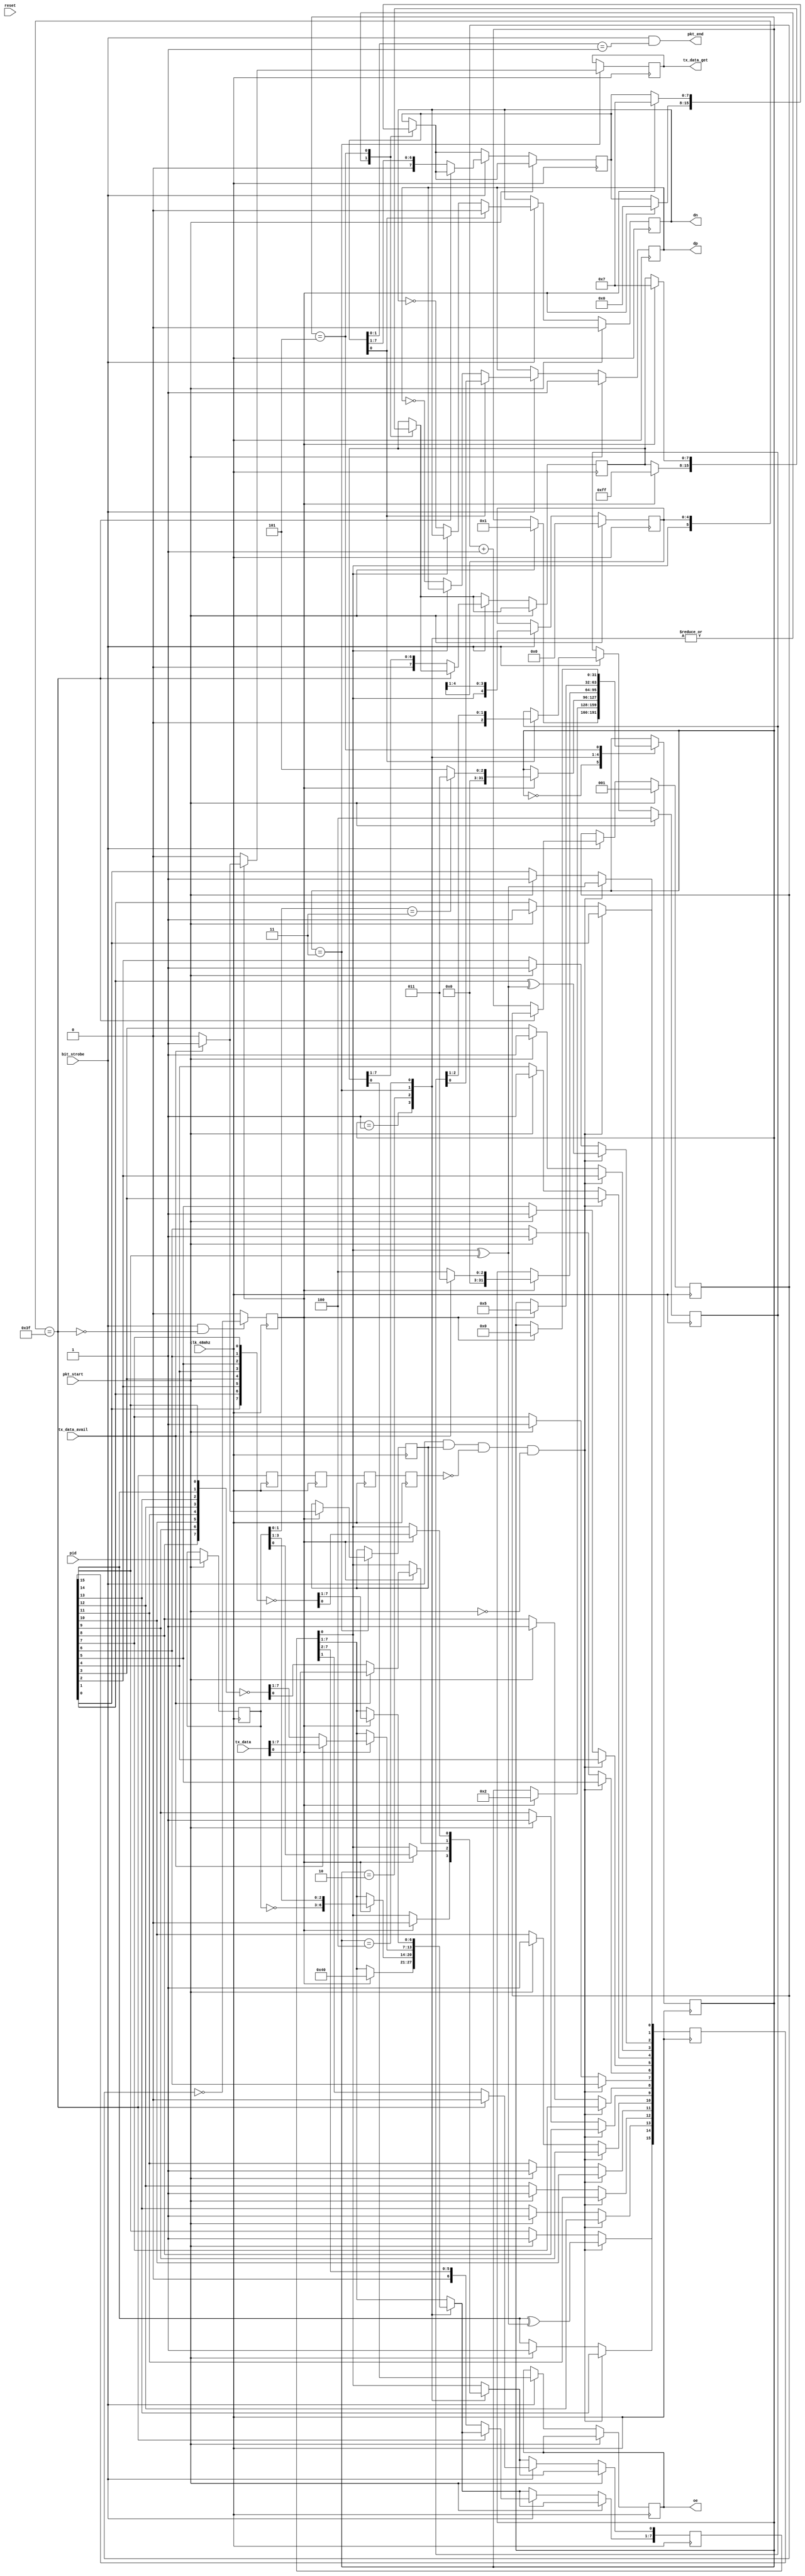
// TinyFPGA USB Code
// From https://github.com/lawrie/tiny_usb_examples/tree/master/usb

module usb_fs_tx (
  // A 48MHz clock is required to receive USB data at 12MHz
  // it's simpler to juse use 48MHz everywhere
  input clk_48mhz,
  input reset,

  // bit strobe from rx to align with senders clock
  input bit_strobe,

  // output enable to take ownership of bus and data out
  output reg oe = 0,
  output reg dp = 0,
  output reg dn = 0,

  // pulse to initiate new packet transmission
  input pkt_start,
  output pkt_end,

  // pid to send
  input [3:0] pid,

  // tx logic pulls data until there is nothing available
  input tx_data_avail,  
  output reg tx_data_get = 0,
  input [7:0] tx_data
);
  wire clk = clk_48mhz;

  // save packet parameters at pkt_start
  reg [3:0] pidq = 0;

  always @(posedge clk) begin
    if (pkt_start) begin
      pidq <= pid;
    end
  end

  reg [7:0] data_shift_reg = 0;
  reg [7:0] oe_shift_reg = 0;
  reg [7:0] se0_shift_reg = 0;


  wire serial_tx_data = data_shift_reg[0];
  wire serial_tx_oe = oe_shift_reg[0];
  wire serial_tx_se0 = se0_shift_reg[0];


  // serialize sync, pid, data payload, and crc16
  reg byte_strobe = 0;
  reg [2:0] bit_count = 0;

  reg [4:0] bit_history_q = 0;
  wire [5:0] bit_history = {serial_tx_data, bit_history_q};
  wire bitstuff = bit_history == 6'b111111;
  reg bitstuff_q = 0;
  reg bitstuff_qq = 0;
  reg bitstuff_qqq = 0;
  reg bitstuff_qqqq = 0;


  always @(posedge clk) begin
    bitstuff_q <= bitstuff;
    bitstuff_qq <= bitstuff_q;
    bitstuff_qqq <= bitstuff_qq;
    bitstuff_qqqq <= bitstuff_qqq;
  end

  assign pkt_end = bit_strobe && se0_shift_reg[1:0] == 2'b01;

  reg data_payload = 0;

  reg [31:0] pkt_state = 0;
  localparam IDLE = 0;
  localparam SYNC = 1;
  localparam PID = 2;
  localparam DATA_OR_CRC16_0 = 3;
  localparam CRC16_1 = 4;
  localparam EOP = 5;

  reg [15:0] crc16 = 0;

  always @(posedge clk) begin
    case (pkt_state)
      IDLE : begin
        if (pkt_start) begin
          pkt_state <= SYNC;
        end
      end

      SYNC : begin
        if (byte_strobe) begin
          pkt_state <= PID;
          data_shift_reg <= 8'b10000000;
          oe_shift_reg <= 8'b11111111;
          se0_shift_reg <= 8'b00000000;
        end
      end

      PID : begin
        if (byte_strobe) begin
          if (pidq[1:0] == 2'b11) begin
            pkt_state <= DATA_OR_CRC16_0;
          end else begin
            pkt_state <= EOP;
          end

          data_shift_reg <= {~pidq, pidq};
          oe_shift_reg <= 8'b11111111;
          se0_shift_reg <= 8'b00000000;
        end
      end

      DATA_OR_CRC16_0 : begin
        if (byte_strobe) begin
          if (tx_data_avail) begin
            pkt_state <= DATA_OR_CRC16_0;
            data_payload <= 1;
            tx_data_get <= 1;
            data_shift_reg <= tx_data;
            oe_shift_reg <= 8'b11111111;
            se0_shift_reg <= 8'b00000000;
          end else begin
            pkt_state <= CRC16_1;
            data_payload <= 0;
            tx_data_get <= 0;
            data_shift_reg <= ~{crc16[8], crc16[9], crc16[10], crc16[11], crc16[12], crc16[13], crc16[14], crc16[15]};
            oe_shift_reg <= 8'b11111111;
            se0_shift_reg <= 8'b00000000;
          end
        end else begin
          tx_data_get <= 0; 
        end
      end

      CRC16_1 : begin
        if (byte_strobe) begin
          pkt_state <= EOP;
          data_shift_reg <= ~{crc16[0], crc16[1], crc16[2], crc16[3], crc16[4], crc16[5], crc16[6], crc16[7]};
          oe_shift_reg <= 8'b11111111;
          se0_shift_reg <= 8'b00000000;
        end
      end

      EOP : begin
        if (byte_strobe) begin
          pkt_state <= IDLE;
          oe_shift_reg <= 8'b00000111;
          se0_shift_reg <= 8'b00000111;
        end
      end
    endcase

    if (bit_strobe && !bitstuff) begin
      byte_strobe <= (bit_count == 3'b000);
    end else begin
      byte_strobe <= 0;
    end

    if (pkt_start) begin
      bit_count <= 1;
      bit_history_q <= 0;

    end else if (bit_strobe) begin
      // bitstuff
      if (bitstuff /* && !serial_tx_se0*/) begin
        bit_history_q <= bit_history[5:1];
        data_shift_reg[0] <= 0;

      // normal deserialize
      end else begin
        bit_count <= bit_count + 1;

        data_shift_reg <= (data_shift_reg >> 1);
        oe_shift_reg <= (oe_shift_reg >> 1);
        se0_shift_reg <= (se0_shift_reg >> 1);

        bit_history_q <= bit_history[5:1];
      end
    end
  end



  // calculate crc16
  wire crc16_invert = serial_tx_data ^ crc16[15];  

  always @(posedge clk) begin
    if (pkt_start) begin
      crc16 <= 16'b1111111111111111;
    end

    if (bit_strobe && data_payload && !bitstuff_qqqq && !pkt_start) begin
      crc16[15] <= crc16[14] ^ crc16_invert;
      crc16[14] <= crc16[13];
      crc16[13] <= crc16[12];
      crc16[12] <= crc16[11];
      crc16[11] <= crc16[10];
      crc16[10] <= crc16[9];
      crc16[9] <= crc16[8];
      crc16[8] <= crc16[7];
      crc16[7] <= crc16[6];
      crc16[6] <= crc16[5];
      crc16[5] <= crc16[4];
      crc16[4] <= crc16[3];
      crc16[3] <= crc16[2];
      crc16[2] <= crc16[1] ^ crc16_invert;
      crc16[1] <= crc16[0];
      crc16[0] <= crc16_invert;
    end
  end

  reg [2:0] dp_eop = 0;


  // nrzi and differential driving
  always @(posedge clk) begin
    if (pkt_start) begin
      // J
      dp <= 1;
      dn <= 0;
      
      dp_eop <= 3'b100;

    end else if (bit_strobe) begin
      oe <= serial_tx_oe;

      if (serial_tx_se0) begin
        dp <= dp_eop[0];
        dn <= 0;

        dp_eop <= dp_eop >> 1;

      end else if (serial_tx_data) begin
        // value should stay the same, do nothing

      end else begin
        dp <= !dp;
        dn <= !dn;
      end
    end
  end 

endmodule